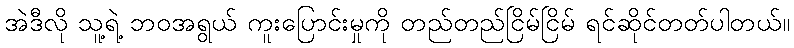
အဲဒီလို သူ့ရဲ့ ဘဝအရွယ် ကူးပြောင်းမှုကို တည်တည်ငြိမ်ငြိမ် ရင်ဆိုင်တတ်ပါတယ်။